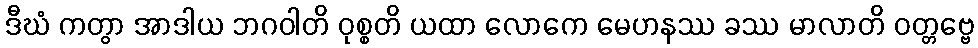
ဒီဃံ ကတွာ အာဒါယ ဘဂဝါတိ ဝုစ္စတိ ယထာ လောကေ မေဟနဿ ခဿ မာလာတိ ဝတ္တဗ္ဗေ